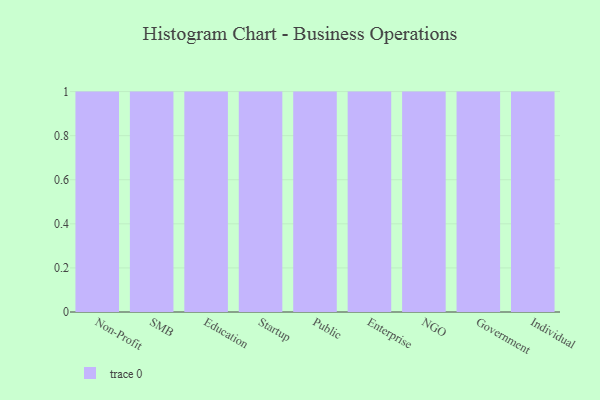
{"axis": {"x": "Segment", "y": "Waste Production (Tons)"}, "legend": [""], "data": [{"x": "Non-Profit", "y": 34, "type": ""}, {"x": "SMB", "y": 44, "type": ""}, {"x": "Education", "y": 9, "type": ""}, {"x": "Startup", "y": 87, "type": ""}, {"x": "Public", "y": 34, "type": ""}, {"x": "Enterprise", "y": 42, "type": ""}, {"x": "NGO", "y": 19, "type": ""}, {"x": "Government", "y": 26, "type": ""}, {"x": "Individual", "y": 79, "type": ""}]}